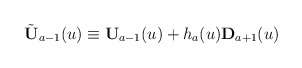
\begin{align*}\tilde{\bf U}_{a-1}(u)\equiv {\bf U}_{a-1}(u)+h_a(u){\bf D}_{a+1}(u)\end{align*}